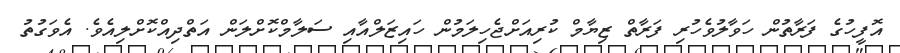
އޮފީހުގެ ފަރާތުން ހަވާލުވެހުރި ފަރާތް ޒިޔާމް ކުރިއަށްޖެހިލަމުން ހައިޒަލްއާއި ސަލާމްކޮށްލަން އަތްދިއްކޮށްލިއެވެ. އެވަގުތު